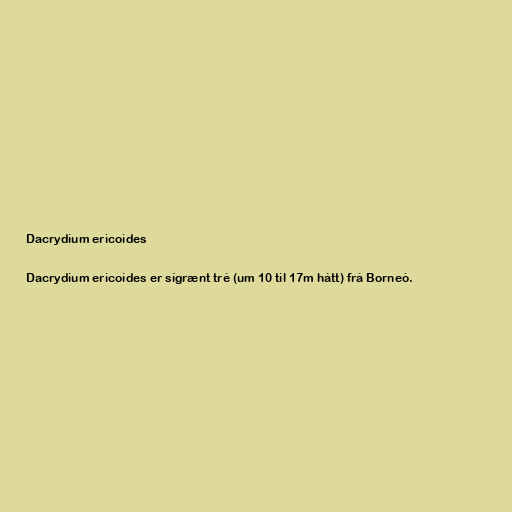
Dacrydium ericoides

Dacrydium ericoides er sígrænt tré (um 10 til 17m hátt) frá Borneó.